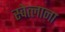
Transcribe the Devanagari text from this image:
स्वेत्लाना